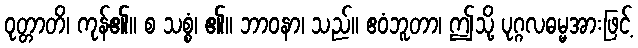
ဝုတ္တာတိ၊ ကုန်၏။ စ သစ္စံ၊ ၏။ ဘာဝနာ၊ သည်။ ဧဝံဘူတာ၊ ဤသို့ ပုဂ္ဂလဓမ္မအားဖြင့်